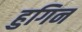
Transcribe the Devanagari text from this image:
हुगिन